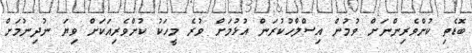
ބޮޑެތި ކުށްވެރިންނަށް ވުމުން އިސްލާހުކުރަން އުޅުމަށް ވުރެ މީހަކު ކުށްވެރިއަކަށް ވިޔަ ނުދިނުމަށް